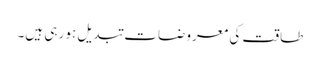
طاقت کی معروضات تبدیل ہو رہی ہیں۔